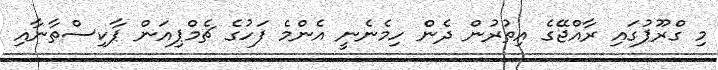
މި ގްރޫޕުގައި ރާއްޖޭގެ އިތުރުން ދެން ހިމެނެނީ އެންމެ ފަހުގެ ޗެމްޕިއަން ޕާކިސްތާނާއި